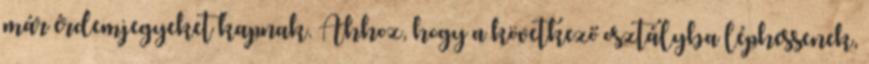
már érdemjegyeket kapnak. Ahhoz, hogy a következő osztályba léphessenek,